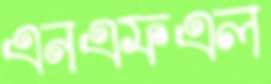
এনএফএল